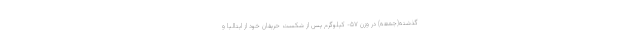
گذشته(جمعه) در وزن ۵۷- کیلوگرم پس از شکست حریفان خود از ایتالیا و